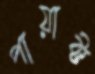
পায়াক্ট